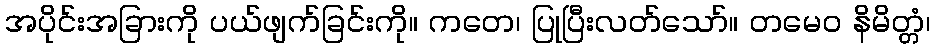
အပိုင်းအခြားကို ပယ်ဖျက်ခြင်းကို။ ကတေ၊ ပြုပြီးလတ်သော်။ တမေဝ နိမိတ္တံ၊